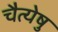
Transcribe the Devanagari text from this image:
चैत्येषु